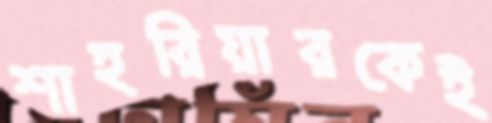
শাহরিয়ারকেই